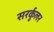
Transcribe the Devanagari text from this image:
सरर्कुलर